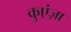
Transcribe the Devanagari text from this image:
कुएंज़ा